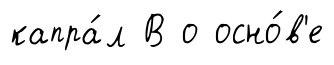
капра́л В о осно́в'е